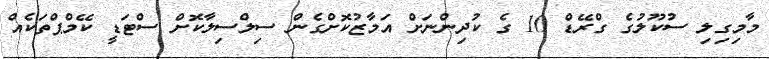
މާމިގިލި ސުކޫލުގެ ގްރޭޑް 10 ގެ ކުދިންނަށް އަމާޒުކޮށްގެން ސިލްސިލާކޮށް ސްޓަޑީ ކޭމްޕްތަކެއް